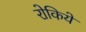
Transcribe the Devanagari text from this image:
रोकिये